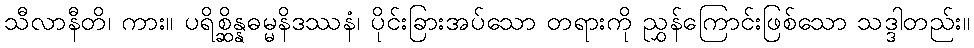
သီလာနီတိ၊ ကား။ ပရိစ္ဆိန္နဓမ္မနိဒဿနံ၊ ပိုင်းခြားအပ်သော တရားကို ညွှန်ကြောင်းဖြစ်သော သဒ္ဒါတည်း။